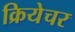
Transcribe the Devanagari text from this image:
क्रियेचर